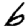
Digit: 6